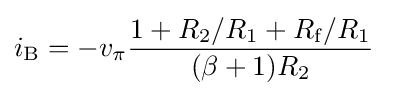
i_{\mathrm {B} }=-v_{\pi }{\frac {1+R_{2}/R_{1}+R_{\mathrm {f} }/R_{1}}{(\beta +1)R_{2}}}\